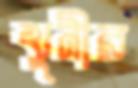
খুনীর